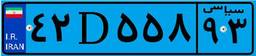
۴۲D۵۵۸۹۳